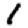
Digit: 1